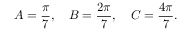
A = { \frac { \pi } { 7 } } , \quad B = { \frac { 2 \pi } { 7 } } , \quad C = { \frac { 4 \pi } { 7 } } .